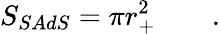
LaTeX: S_{SAdS}=\pi r_{+}^{2}\qquad.